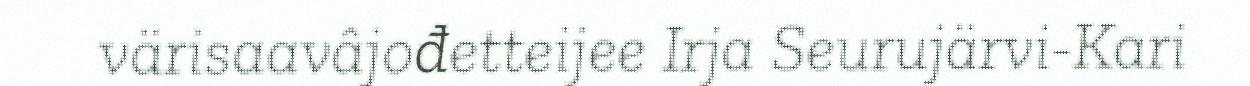
värisaavâjođetteijee Irja Seurujärvi-Kari